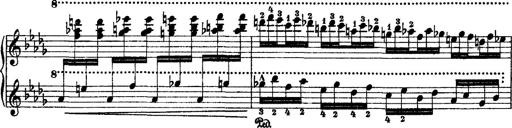
Title: 2 KonzertetÃ¼den
Composer: Franz Liszt